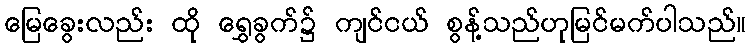
မြေခွေးလည်း ထို ရွှေခွက်၌ ကျင်ငယ် စွန့်သည်ဟုမြင်မက်ပါသည်။